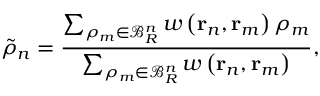
\tilde { \rho } _ { n } = \frac { \sum _ { \rho _ { m } \in \mathcal { B } _ { R } ^ { n } } w \left( \mathbf { r } _ { n } , \mathbf { r } _ { m } \right) \rho _ { m } } { \sum _ { \rho _ { m } \in \mathcal { B } _ { R } ^ { n } } w \left( \mathbf { r } _ { n } , \mathbf { r } _ { m } \right) } ,